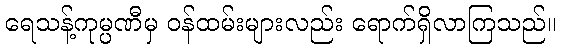
ရေသန့်ကုမ္ပဏီမှ ဝန်ထမ်းများလည်း ရောက်ရှိလာကြသည်။